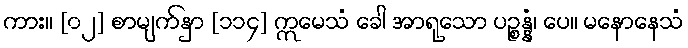
ကား။ [၀၂] စာမျက်နှာ [၁၁၄] ဣမေသံ ခေါ အာရုသော ပဉ္စန္နံ၊ ပေ။ မနောနေသံ